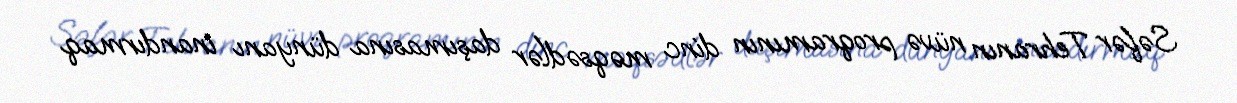
Səfər Tehranın nüvə proqramının dinc məqsədlər daşımasına dünyanı inandırmaq